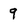
Character: 9